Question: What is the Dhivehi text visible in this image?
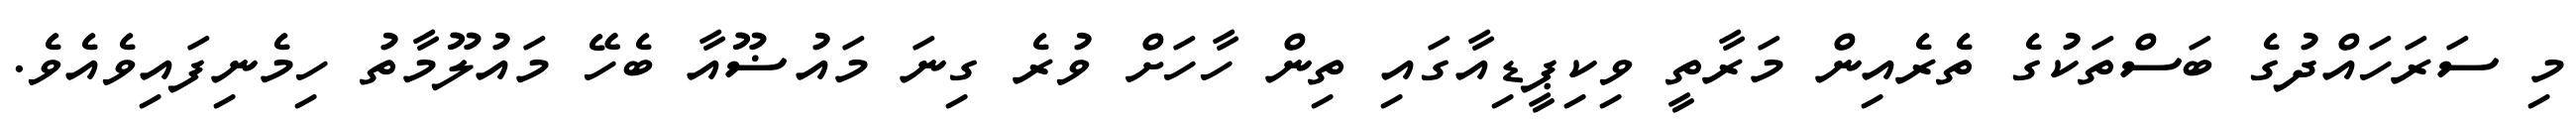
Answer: މި ސަރަހައްދުގެ ބަސްތަކުގެ ތެރެއިން މަރާތީ ވިކިޕީޑިއާގައި ތިން ހާހަށް ވުރެ ގިނަ މައުޟޫއާ ބެހޭ މައުލޫމާތު ހިމެނިފައިވެއެވެ.